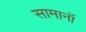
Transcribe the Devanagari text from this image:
सामानॉ